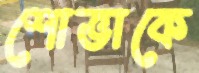
শোভাকে